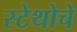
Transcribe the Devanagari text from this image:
स्टेथोचे